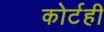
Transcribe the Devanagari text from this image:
कोर्टही